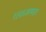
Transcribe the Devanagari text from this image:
१३६६आमदार